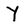
Character: Y